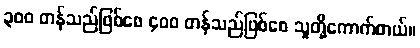
၃၀၀ တန်သည်ဖြစ်စေ ၄၀၀ တန်သည်ဖြစ်စေ သူတို့ကောက်တယ်။